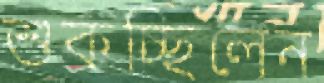
শুকচ্ছিলেন